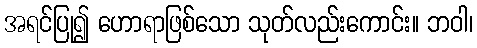
အရင်ပြု၍ ဟောရာဖြစ်သော သုတ်လည်းကောင်း။ ဘဝါ၊